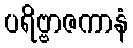
ပရိဗ္ဗာဇကာနံ